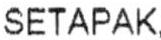
SETAPAK,